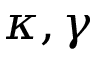
\kappa , \gamma